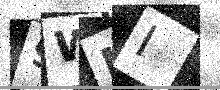
Text: 9WHI